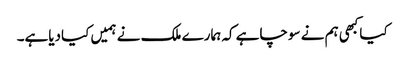
کیاکبھی ہم نے سوچاہے کہ ہمارے ملک نے ہمیں کیادیاہے۔